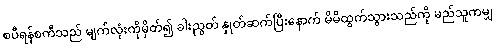
စပီရန်စကီသည် မျက်လုံးကိုမှိတ်၍ ခါးညွတ် နှုတ်ဆက်ပြီးနောက် မိမိထွက်သွားသည်ကို မည်သူကမျှ